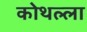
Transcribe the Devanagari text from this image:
कोथल्ला